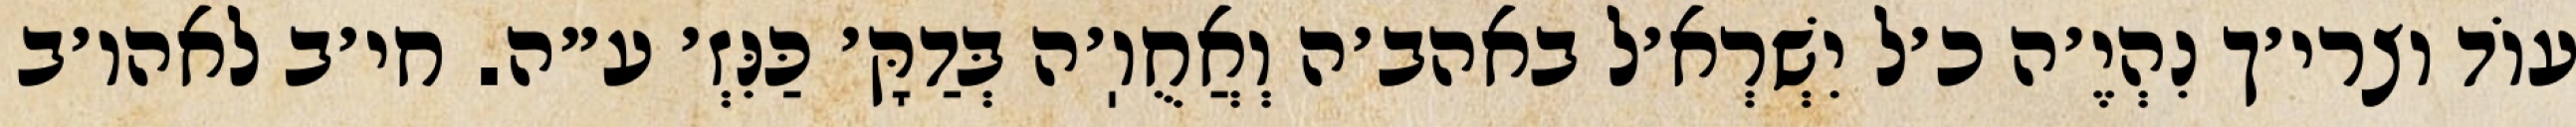
עוֹד וצרי׳ך נִהְיֶ׳ה כ׳ל יִשְׁרְא׳ל באהב׳ה וְאֲחֻוֽ׳ה בְּדַקָּ׳ כַּנִּזְ׳ ע״ה. חי׳ב לאהו׳ב